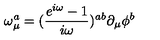
\omega _ { \mu } ^ { a } = ( \frac { e ^ { i \omega } - 1 } { i \omega } ) ^ { a b } \partial _ { \mu } \phi ^ { b }